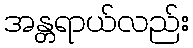
အန္တရာယ်လည်း